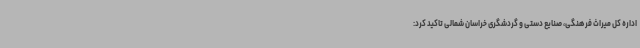
اداره کل میراث فرهنگی، صنایع دستی و گردشگری خراسان شمالی تاکید کرد: